Problem: 10 × 10 = ?
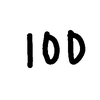
Handwritten answer: 100